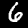
Label: 6